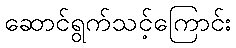
ဆောင်ရွက်သင့်ကြောင်း